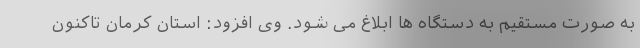
به صورت مستقیم به دستگاه ها ابلاغ می شود. وی افزود: استان کرمان تاکنون